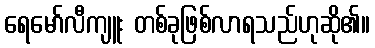
ရေမော်လီကျူး တစ်ခုဖြစ်လာရသည်ဟုဆို၏။